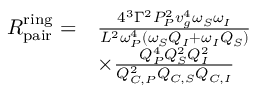
\begin{array} { r l } { R _ { \mathrm { p a i r } } ^ { \mathrm { r i n g } } = } & { \frac { 4 ^ { 3 } \Gamma ^ { 2 } P _ { P } ^ { 2 } v _ { g } ^ { 4 } \omega _ { S } \omega _ { I } } { L ^ { 2 } \omega _ { P } ^ { 4 } \left( \omega _ { S } Q _ { I } + \omega _ { I } Q _ { S } \right) } } \\ & { \times \frac { Q _ { P } ^ { 4 } Q _ { S } ^ { 2 } Q _ { I } ^ { 2 } } { Q _ { C , P } ^ { 2 } Q _ { C , S } Q _ { C , I } } } \end{array}